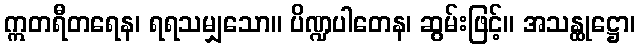
ဣတရီတရေန၊ ရရသမျှသော။ ပိဏ္ဍပါတေန၊ ဆွမ်းဖြင့်။ အသန္ထုဋ္ဌော၊